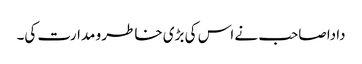
دادا صاحب نے اس کی بڑی خاطر و مدارت کی۔